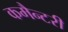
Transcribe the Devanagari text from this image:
कमैन्टरी